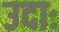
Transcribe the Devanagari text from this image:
उदाः